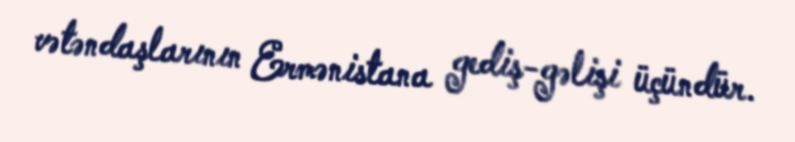
vətəndaşlarının Ermənistana gediş-gəlişi üçündür.